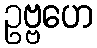
ဥဗ္ဗဟေ